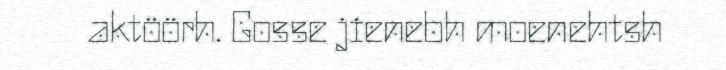
aktöörh. Gosse jienebh moenehtsh